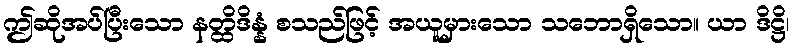
ဤဆိုအပ်ပြီးသော နတ္ထိဒိန္နံ စသည်ဖြင့် အယူမှားသော သဘောရှိသော။ ယာ ဒိဋ္ဌိ၊